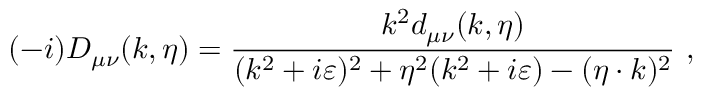
( - i ) D _ { \mu \nu } ( k , \eta ) = { \frac { k ^ { 2 } d _ { \mu \nu } ( k , \eta ) } { ( k ^ { 2 } + i \varepsilon ) ^ { 2 } + \eta ^ { 2 } ( k ^ { 2 } + i \varepsilon ) - ( \eta \cdot k ) ^ { 2 } } } \ ,